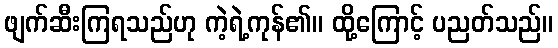
ဖျက်ဆီးကြရသည်ဟု ကဲ့ရဲ့ကုန်၏။ ထို့ကြောင့် ပညတ်သည်။